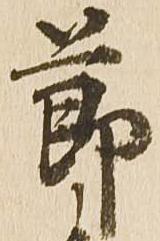
節